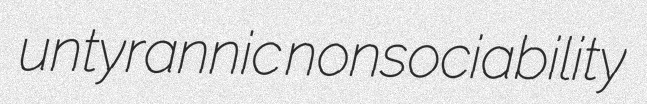
untyrannic nonsociability